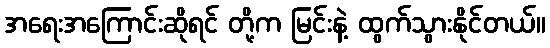
အရေးအကြောင်းဆိုရင် တို့က မြင်းနဲ့ ထွက်သွားနိုင်တယ်။